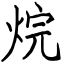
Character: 烷